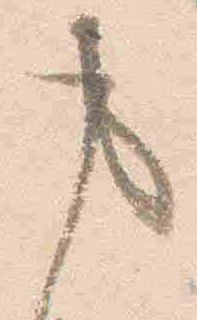
事